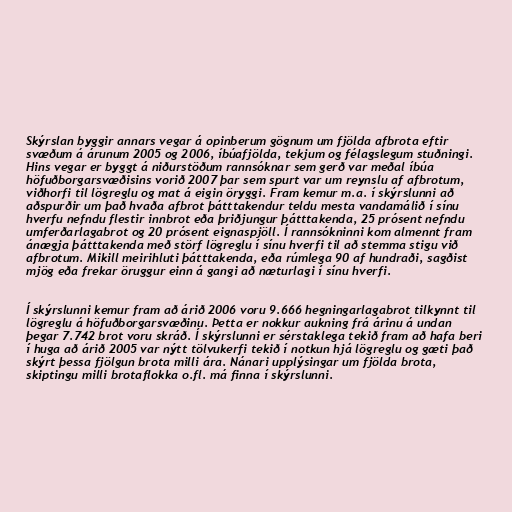
Skýrslan byggir annars vegar á opinberum gögnum um fjölda afbrota eftir
svæðum á árunum 2005 og 2006, íbúafjölda, tekjum og félagslegum stuðningi.
Hins vegar er byggt á niðurstöðum rannsóknar sem gerð var meðal íbúa
höfuðborgarsvæðisins vorið 2007 þar sem spurt var um reynslu af afbrotum,
viðhorfi til lögreglu og mat á eigin öryggi. Fram kemur m.a. í skýrslunni að
aðspurðir um það hvaða afbrot þátttakendur teldu mesta vandamálið í sínu
hverfu nefndu flestir innbrot eða þriðjungur þátttakenda, 25 prósent nefndu
umferðarlagabrot og 20 prósent eignaspjöll. Í rannsókninni kom almennt fram
ánægja þátttakenda með störf lögreglu í sínu hverfi til að stemma stigu við
afbrotum. Mikill meirihluti þátttakenda, eða rúmlega 90 af hundraði, sagðist
mjög eða frekar öruggur einn á gangi að næturlagi í sínu hverfi.

Í skýrslunni kemur fram að árið 2006 voru 9.666 hegningarlagabrot tilkynnt til
lögreglu á höfuðborgarsvæðinu. Þetta er nokkur aukning frá árinu á undan
þegar 7.742 brot voru skráð. Í skýrslunni er sérstaklega tekið fram að hafa beri
í huga að árið 2005 var nýtt tölvukerfi tekið í notkun hjá lögreglu og gæti það
skýrt þessa fjölgun brota milli ára. Nánari upplýsingar um fjölda brota,
skiptingu milli brotaflokka o.fl. má finna í skýrslunni.